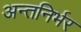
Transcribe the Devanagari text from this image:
अन्तनिर्भर